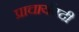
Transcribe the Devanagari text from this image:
प्राचार्यपदी